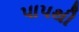
પાપથી